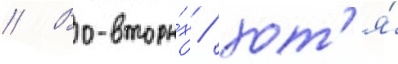
// Во-вторы́х / хот'я́